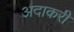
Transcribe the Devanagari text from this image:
अदाकरी